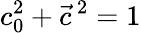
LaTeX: c_{0}^{2}+\vec{c}\, ^{2}=1